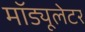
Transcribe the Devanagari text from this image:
मॉड्यूलेटर